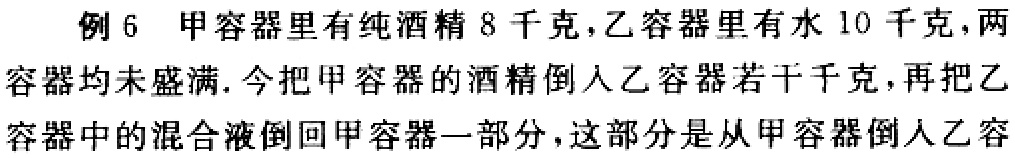
例 6 甲容器里有纯酒精 8 千克，乙容器里有水 10 千克，两容器均未盛满. 今把甲容器的酒精倒入乙容器若干千克，再把乙容器中的混合液倒回甲容器一部分，这部分是从甲容器倒入乙